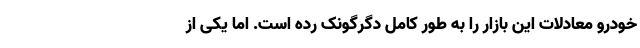
خودرو معادلات این بازار را به طور کامل دگرگونک رده است. اما یکی از